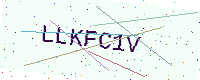
Text: LLKFC1V